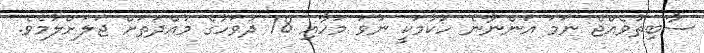
ސާބިތުވެއްޖެ ނަމަ އަންނާނެ ހުކުމަކީ ނުވަ މަހާއި 18 ދުވަހުގެ މުއްދަތަށް ޖަލަށްލުމެވެ.